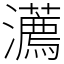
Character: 瀳